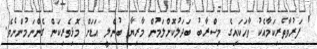
' ފަރުވާތެރިކަމާއެކު ވާހަކައިގެ މިސްރާބު ބަދަލުކޮށްލަމުން މާރިޔާ ބުނެލީ އަޑަށް މޮޅިވެރިކަން ގެންނަމުންނެވެ.